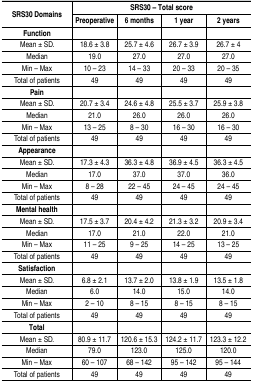
<table><thead><tr><td><b>SRS30 Domains</b></td><td><b>SRS30 - Total score</b></td><td></td><td></td><td></td></tr><tr><td></td><td><b>Preoperative</b></td><td><b>6 months</b></td><td><b>1 year</b></td><td><b>2 years</b></td></tr><tr><td><b>Function</b></td><td></td><td></td><td></td><td></td></tr></thead><tbody><tr><td>Mean ± SD.</td><td>18.6 ± 3.8</td><td>25.7 ± 4.6</td><td>26.7 ± 3.9</td><td>26.7 ± 4</td></tr><tr><td>Median</td><td>19.0</td><td>27.0</td><td>27.0</td><td>27.0</td></tr><tr><td>Min - Max</td><td>10 - 23</td><td>14 - 33</td><td>20 - 33</td><td>20 - 35</td></tr><tr><td>Total of patients</td><td>49</td><td>49</td><td>49</td><td>49</td></tr><tr><td>Pain</td><td></td><td></td><td></td><td></td></tr><tr><td>Mean ± SD.</td><td>20.7 ± 3.4</td><td>24.6 ± 4.8</td><td>25.5 ± 3.7</td><td>25.9 ± 3.8</td></tr><tr><td>Median</td><td>21.0</td><td>26.0</td><td>26.0</td><td>26.0</td></tr><tr><td>Min - Max</td><td>13 - 25</td><td>8 - 30</td><td>16 - 30</td><td>16 - 30</td></tr><tr><td>Total of patients</td><td>49</td><td>49</td><td>49</td><td>49</td></tr><tr><td>Appearance</td><td></td><td></td><td></td><td></td></tr><tr><td>Mean ± SD.</td><td>17.3 ± 4.3</td><td>36.3 ± 4.8</td><td>36.9 ± 4.5</td><td>36.3 ± 4.5</td></tr><tr><td>Median</td><td>17.0</td><td>37.0</td><td>37.0</td><td>36.0</td></tr><tr><td>Min - Max</td><td>8 - 28</td><td>22 - 45</td><td>24 - 45</td><td>24 - 45</td></tr><tr><td>Total of patients</td><td>49</td><td>49</td><td>49</td><td>49</td></tr><tr><td>Mental health</td><td></td><td></td><td></td><td></td></tr><tr><td>Mean ± SD.</td><td>17.5 ± 3.7</td><td>20.4 ± 4.2</td><td>21.3 ± 3.2</td><td>20.9 ± 3.4</td></tr><tr><td>Median</td><td>17.0</td><td>21.0</td><td>22.0</td><td>21.0</td></tr><tr><td>Min - Max</td><td>11 - 25</td><td>9 - 25</td><td>14 - 25</td><td>13 - 25</td></tr><tr><td>Total of patients</td><td>49</td><td>49</td><td>49</td><td>49</td></tr><tr><td>Satisfaction</td><td></td><td></td><td></td><td></td></tr><tr><td>Mean ± SD.</td><td>6.8 ± 2.1</td><td>13.7 ± 2.0</td><td>13.8 ± 1.9</td><td>13.5 ± 1.8</td></tr><tr><td>Median</td><td>6.0</td><td>14.0</td><td>15.0</td><td>14.0</td></tr><tr><td>Min - Max</td><td>2 - 10</td><td>8 - 15</td><td>8 - 15</td><td>8 - 15</td></tr><tr><td>Total of patients</td><td>49</td><td>49</td><td>49</td><td>49</td></tr><tr><td>Total</td><td></td><td></td><td></td><td></td></tr><tr><td>Mean ± SD.</td><td>80.9 ± 11.7</td><td>120.6 ± 15.3</td><td>124.2 ± 11.7</td><td>123.3 ± 12.2</td></tr><tr><td>Median</td><td>79.0</td><td>123.0</td><td>125.0</td><td>120.0</td></tr><tr><td>Min - Max</td><td>60 - 107</td><td>68 - 142</td><td>95 - 142</td><td>95 - 144</td></tr><tr><td>Total of patients</td><td>49</td><td>49</td><td>49</td><td>49</td></tr></tbody></table>